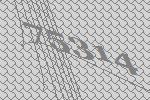
75314